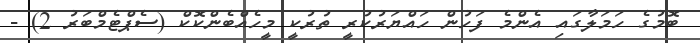
ބޮމުގެ ހަމަލާގައި އެންމެ ފަހުން ހައްޔަރުުކުރީ ތުރުކީ މީހެއްބެންކޮކް (ސެޕްޓެމްބަރު 2) -